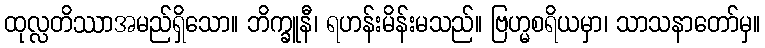
ထုလ္လတိဿာအမည်ရှိသော။ ဘိက္ခူနီ၊ ရဟန်းမိန်းမသည်။ ဗြဟ္မစရိယမှာ၊ သာသနာတော်မှ။